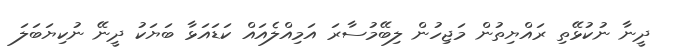
ދީނާ ނުކުޅޭތި ރައްޔިތުން މަޖިހުން ލިބޭމުސާރަ އަމިއްލެއައް ކަޑައަޅާ ބަޔަކު ދީނޭ ނުކިޔަބަލަ